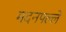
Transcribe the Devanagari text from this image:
मदनपल्ले